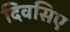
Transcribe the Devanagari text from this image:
दिवसिए